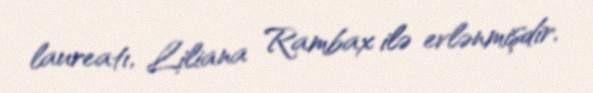
laureatı, Liliana Rambax ilə evlənmişdir.